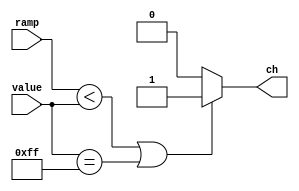

// Compares the input and ramp, settting the output ch
// Assuming ramp goes from 0-255, ch will be a PWM signal with a
// duty cycle as defined by value.
module pwm_channel (input [7:0] value, input [7:0] ramp, output reg ch);
    always @(*)
    begin
        if ((ramp < value) || (value == 255))
            ch = 1;
        else
            ch = 0;
    end
endmodule